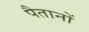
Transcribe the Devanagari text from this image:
पैतानों